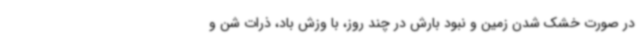
در صورت خشک شدن زمین و نبود بارش در چند روز، با وزش باد، ذرات شن و